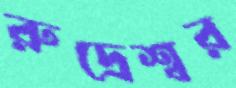
রুদ্রেশ্বর